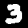
Digit: 3